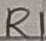
Text: R1